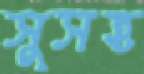
সুসহ